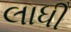
લાધી